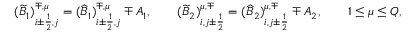
\begin{array} { r } { ( \widetilde B _ { 1 } ) _ { i \pm \frac { 1 } { 2 } , j } ^ { \mp , \mu } = ( \widehat B _ { 1 } ) _ { i \pm \frac { 1 } { 2 } , j } ^ { \mp , \mu } \mp A _ { 1 } , \qquad ( \widetilde B _ { 2 } ) _ { i , j \pm \frac { 1 } { 2 } } ^ { \mu , \mp } = ( \widehat B _ { 2 } ) _ { i , j \pm \frac { 1 } { 2 } } ^ { \mu , \mp } \mp A _ { 2 } , \qquad 1 \leq \mu \leq Q , } \end{array}